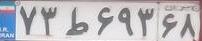
۷۳ط۶۹۳۶۸